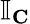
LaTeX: \mathbb{I}_{\textbf{C}}